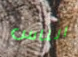
الناس